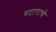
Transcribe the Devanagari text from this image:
गटाराचे